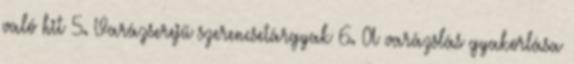
való hit 5. Varázserejű szerencsetárgyak 6. A varázslás gyakorlása